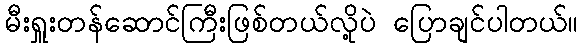
မီးရှူးတန်ဆောင်ကြီးဖြစ်တယ်လို့ပဲ ပြောချင်ပါတယ်။